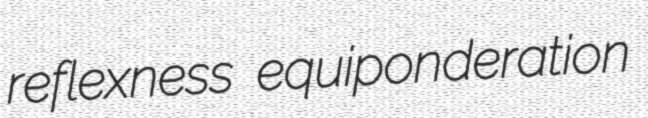
reflexness equiponderation